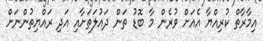
އިމާރާތް ކުރިއްޔާ އެއަށް ވުރެން މާ ބޮޑު ތަން ދައުލަތަށާއި އަދި ރައްޔިތުންނަށް